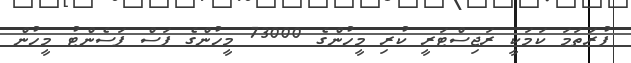
ފުރަތަމަ ކަމަކީ ރަޖިސްޓަރީ ކުރި މީހުންގެ 73000 މީހުންގެ ފަސް ޕަސެންޓު މީހުން